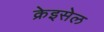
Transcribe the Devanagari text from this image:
क्रेइसेल